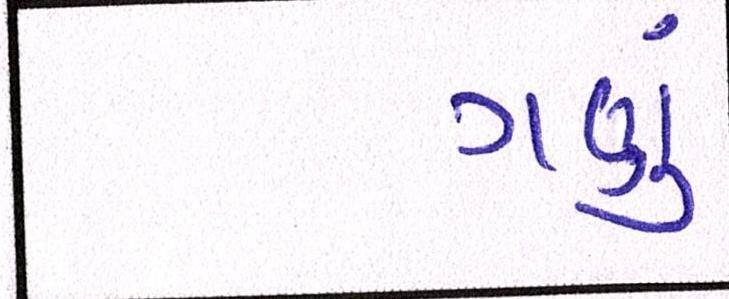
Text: ગણું